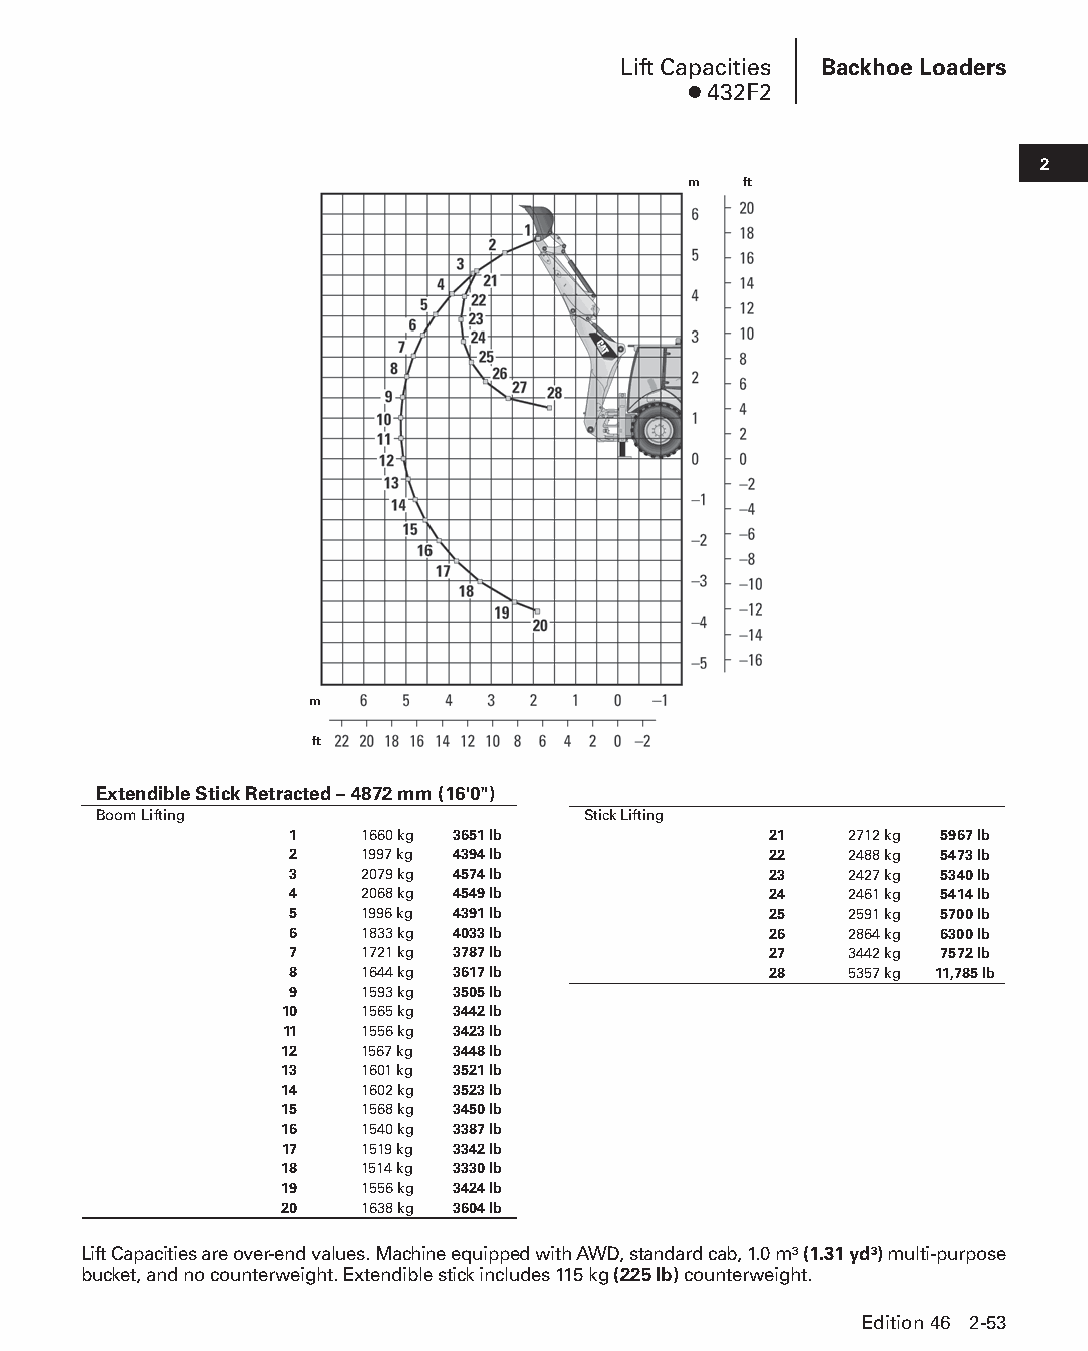
Lift Capacities Backhoe Loaders
 ● 432F2
 2
 m   ft
 m
 ft
 Extendible Stick Retracted – 4872 mm (16'0")
 Boom Lifting                    Stick Lifting
 1   1660 kg 3651 lb            21    2712 kg 5967 lb
 2   1997 kg 4394 lb            22    2488 kg 5473 lb
 3   2079 kg 4574 lb            23    2427 kg 5340 lb
 4   2068 kg 4549 lb            24    2461 kg 5414 lb
 5   1996 kg 4391 lb            25    2591 kg 5700 lb
 6   1833 kg 4033 lb            26    2864 kg 6300 lb
 7   1721 kg 3787 lb            27    3442 kg 7572 lb
 8   1644 kg 3617 lb            28    5357 kg 11,785 lb
 9   1593 kg 3505 lb
 10   1565 kg 3442 lb
 11   1556 kg 3423 lb
 12   1567 kg 3448 lb
 13   1601 kg 3521 lb
 14   1602 kg 3523 lb
 15   1568 kg 3450 lb
 16   1540 kg 3387 lb
 17   1519 kg 3342 lb
 18   1514 kg 3330 lb
 19   1556 kg 3424 lb
 20   1638 kg 3604 lb
 Lift Capacities are over-end values. Machine equipped with AWD, standard cab, 1.0 m3 (1.31 yd3) multi-purpose
 bucket, and no counterweight. Extendible stick includes 115 kg (225 lb) counterweight.
 Edition 46 2-53
 PPHHBB--SSeecc0022--1166..iinndddd 5533                        1122//44//1155 1100::2266 AAMM